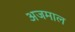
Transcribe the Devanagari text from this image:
अजमाल